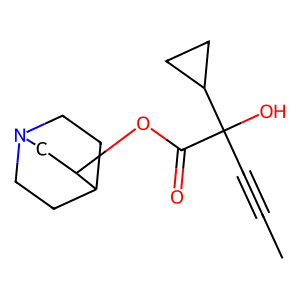
SMILES: CC#CC(O)(C(=O)OC1CN2CCC1CC2)C1CC1
Inhibits HIV replication: No